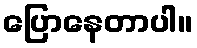
ပြောနေတာပါ။